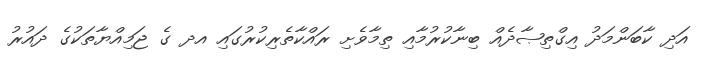
އަދި ކާބަންމަދު އިގްތިޞާދެއް ބިނާކުރުމާއި ތިމާވެށި ރައްކާތެރިކުރުގައި އދ ގެ ޖަމިއްޔާތަކުގެ ދައުރު